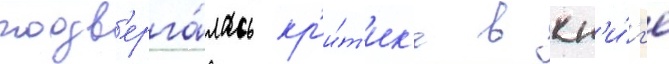
подв'ерга́лась кр'и́т'ик'е в кн'и́г'е